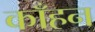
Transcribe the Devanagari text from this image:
काँहन